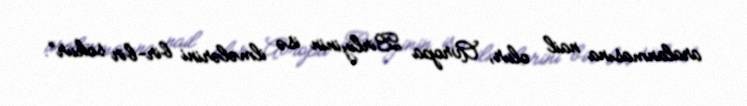
aralanmasına nail olur, Avropa Birliyinin isə ilmələrini bir-bir sökür”.